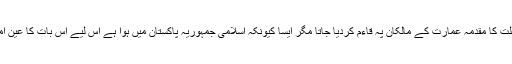
دیار کفر یعنی کسی مغربی ملک میں ایسا ہوا ہوتا تو ذرا سی دیر میں مجرمانہ غفلت کا مقدمہ عمارت کے مالکان پہ قاءم کردیا جاتا مگر ایسا کیونکہ اسلامی جمہوریہ پاکستان میں ہوا ہے اس لیے اس بات کا عین امکان ہے کہ لڑکی کے متعلقین اس حادثے کو اللہ کی رضا جان کر خاموش رہیں۔